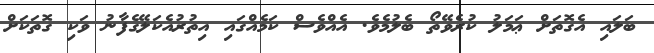
ބަލައި އެގޮތަށް ޢަމަލު ކުރެވޭތޯ ބެލުމެވެ. އެއްވެސް ކަމެއްގައި އިތުރުއެކަލޭގެފާނު ވަކި ގޮތަކަށް